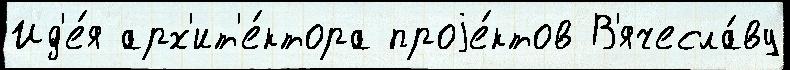
Ид'е́я арх'ит'е́ктора проjе́ктов В'ячесла́ву